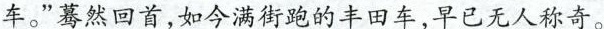
车。”蓦然回首，如今满街跑的丰田车，早已无人称奇。